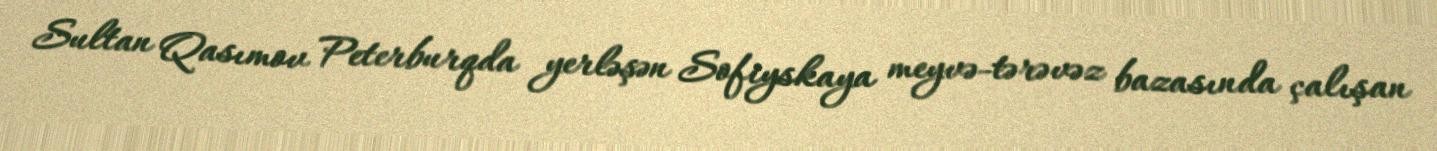
Sultan Qasımov Peterburqda yerləşən Sofiyskaya meyvə-tərəvəz bazasında çalışan